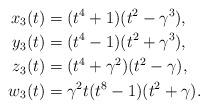
LaTeX: \begin{align*}x_3(t)&=(t^4+1)(t^2-\gamma^3),\\y_3(t)&=(t^4-1)(t^2+\gamma^3),\\z_3(t)&=(t^4+\gamma^2)(t^2-\gamma),\\w_3(t)&=\gamma^2t(t^8-1)(t^2+\gamma).\end{align*}